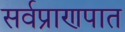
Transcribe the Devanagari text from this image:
सर्वप्राणपात